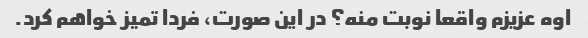
اوه عزیزم واقعا نوبت منه؟ در این صورت، فردا تمیز خواهم کرد.